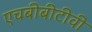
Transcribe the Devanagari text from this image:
एचबीबीटीवी